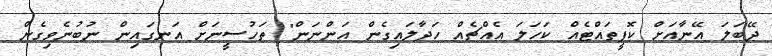
ދޭބަލަ އޭނާއަށް ކޮފީތައްޓެއް ކަހަލަ އެއްޗެއް ހަދާލައިގެން އަންނަން" ތަހުސީނަށް އަނގައިން ނުބުނެވިގެން